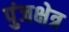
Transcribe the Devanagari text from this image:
पुंजक्षेत्र